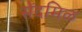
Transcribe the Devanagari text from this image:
सेंदमिळ